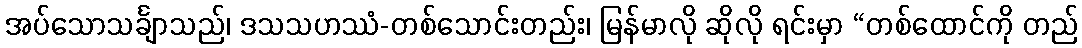
အပ်သောသင်္ချာသည်၊ ဒသသဟဿံ-တစ်သောင်းတည်း၊ မြန်မာလို ဆိုလို ရင်းမှာ “တစ်ထောင်ကို တည်